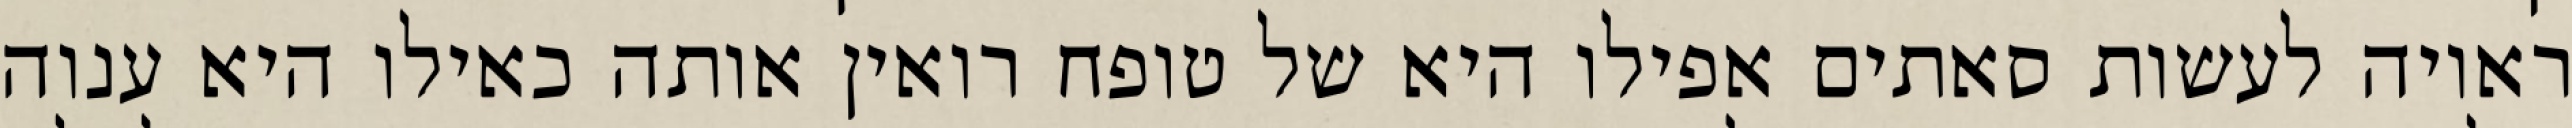
ראויה לעשות סאתים אפילו היא של טופח רואין אותה כאילו היא ענוה